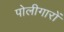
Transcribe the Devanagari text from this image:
पोलीगारों